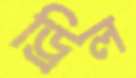
ড্রিল